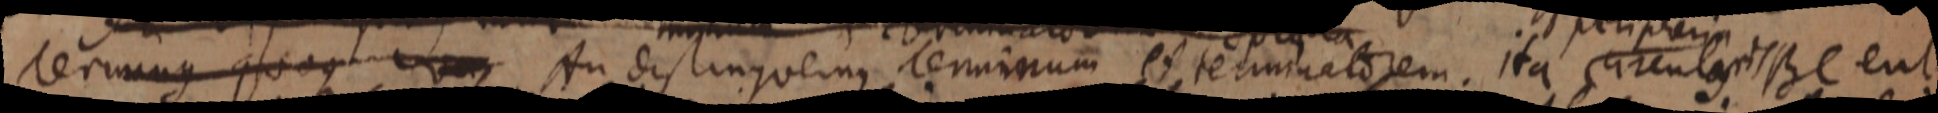
terminus quoque _ An distinguemus terminum et terminatorem. ita circularis BC eut